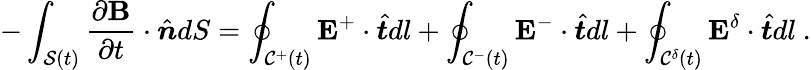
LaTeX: -\int_{\mathcal{S}(t)}\frac{\partial\mathbf{B}}{\partial t}\cdot\hat{\boldsymbol{n}}dS=\oint_{\mathcal{C}^{+}(t)}\mathbf{E}^{+}\cdot\hat{\boldsymbol{t}}dl+\oint_{\mathcal{C}^{-}(t)}\mathbf{E}^{-}\cdot\hat{\boldsymbol{t}}dl+\oint_{\mathcal{C}^{\delta}(t)}\mathbf{E}^{\delta}\cdot\hat{\boldsymbol{t}}dl~.